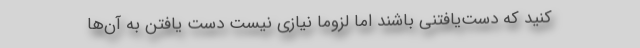
کنید که دست‌یافتنی باشند اما لزوماً نیازی نیست دست یافتن به آن‌ها